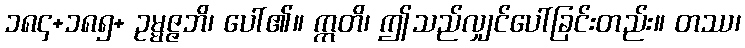
၁၈၄+၁၈၅+ ဥမ္မဇ္ဇဘိ၊ ပေါ်၏။ ဣတိ၊ ဤသည်လျှင်ပေါ်ခြင်းတည်း။ တဿ၊